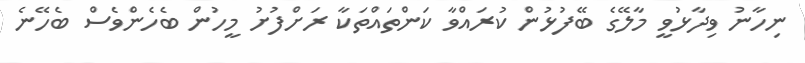
ނިހާނު ވިދާޅުވީ މާލޭގެ ބޭފުޅުން ކުރައްވާ ކަންތައްތަކާ ރަށްފުށު މީހުން ބެހެންވެސް ބެހޭނެ